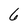
Character: 6